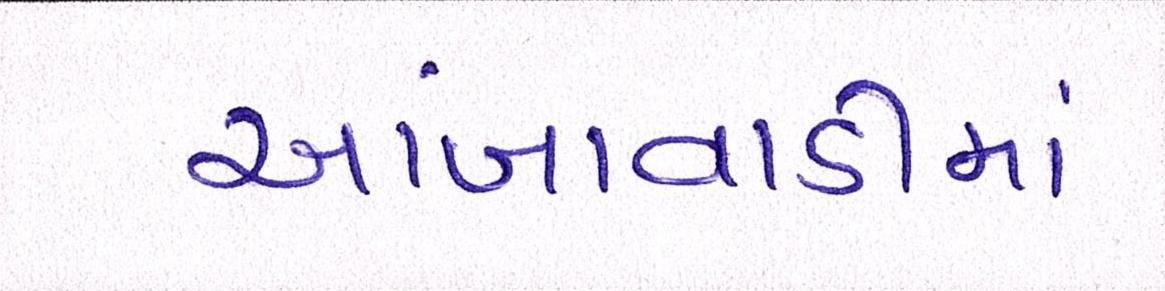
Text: આંબાવાડીમાં